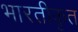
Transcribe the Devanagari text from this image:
भारतीकृत